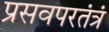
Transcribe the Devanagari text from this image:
प्रसवपरतंत्रं